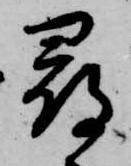
尋